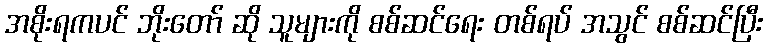
အစိုးရကပင် ဘိုးတော် ဆို သူများကို စစ်ဆင်ရေး တစ်ရပ် အသွင် စစ်ဆင်ပြီး